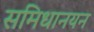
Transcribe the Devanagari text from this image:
समिधानयन